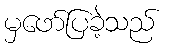
မှဖော်ပြခဲ့သည်